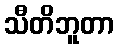
သီတိဘူတာ